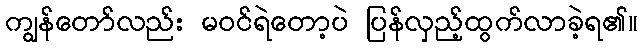
ကျွန်တော်လည်း မဝင်ရဲတော့ပဲ ပြန်လှည့်ထွက်လာခဲ့ရ၏။